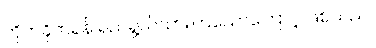
တိုက်ခိုက်ရန် ရည်ရွယ်ထားကြသောကြောင့် ဖြစ်သည်။